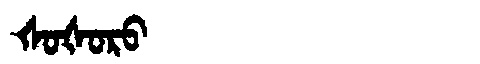
Manchu: ᡧᠣᡧᠣᡵᠣ
Romanization: ŠOŠORO